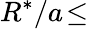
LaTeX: R^{*}/a\! \leq